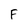
Character: F